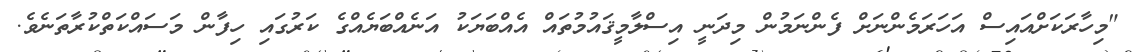
"މިހާރަކަށްއައިސް އަހަރަމެންނަށް ފެންނަމުން މިދަނީ އިސްލާމީޤައުމުތައް އެއްބަޔަކު އަނެއްބަޔެއްގެ ކަރުގައި ހިފާން މަސައްކަތްކުރާތަނެވެ.